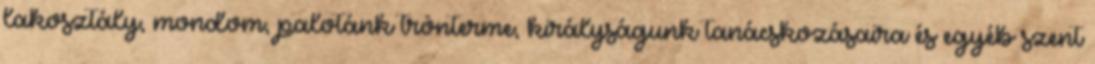
lakosztály, mondom, palotánk trónterme, királyságunk tanácskozásaira és egyéb szent